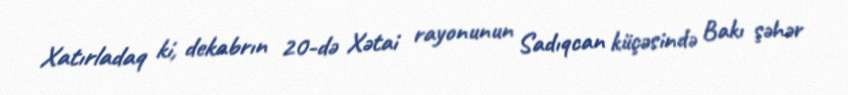
Xatırladaq ki, dekabrın 20-də Xətai rayonunun Sadıqcan küçəsində Bakı şəhər